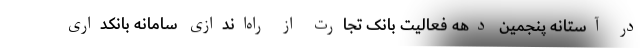
در آستانه پنجمین دهه فعالیت بانک تجارت از راه‌اندازی سامانه بانکداری